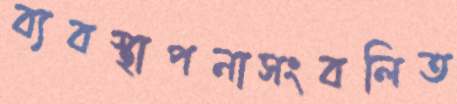
ব্যবস্থাপনাসংবলিত